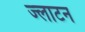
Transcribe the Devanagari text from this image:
ज्लाटन